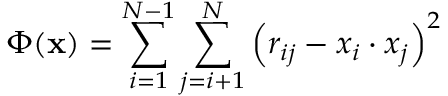
\Phi ( \mathbf { x } ) = \sum _ { i = 1 } ^ { N - 1 } \sum _ { j = i + 1 } ^ { N } \left( r _ { i j } - x _ { i } \cdot x _ { j } \right) ^ { 2 }